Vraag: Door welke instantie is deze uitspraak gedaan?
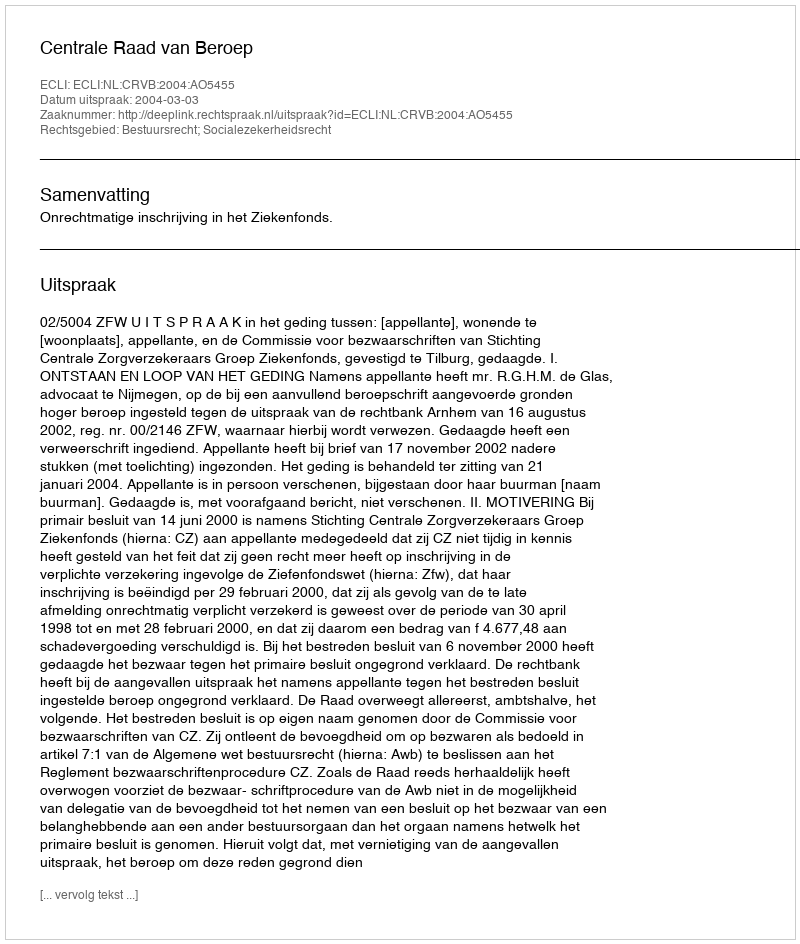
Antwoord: Centrale Raad van Beroep